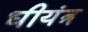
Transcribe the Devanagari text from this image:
धीयंत्र